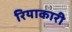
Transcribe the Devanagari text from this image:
रियाकारी